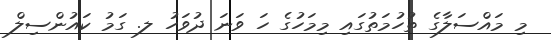
މި މައްސަލާގެ ތުހުމަތުގައި މިމަހުގެ ހަ ވަނަ ދުވަހު ލ. ގަމު ކައުންސިލް